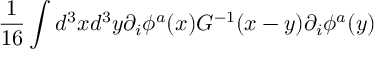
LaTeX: { \frac { 1 } { 1 6 } } \int d ^ { 3 } x d ^ { 3 } y \partial _ { i } \phi ^ { a } ( x ) G ^ { - 1 } ( x - y ) \partial _ { i } \phi ^ { a } ( y )